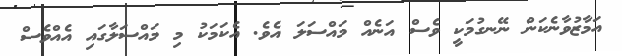
އަމާޒުވާނެކަން ނޭނގުމަކީ ވެސް އަނެއް މައްސަލަ އެވެ. އެކަމަކު މި މައްސަލާގައި އެއްވެސް